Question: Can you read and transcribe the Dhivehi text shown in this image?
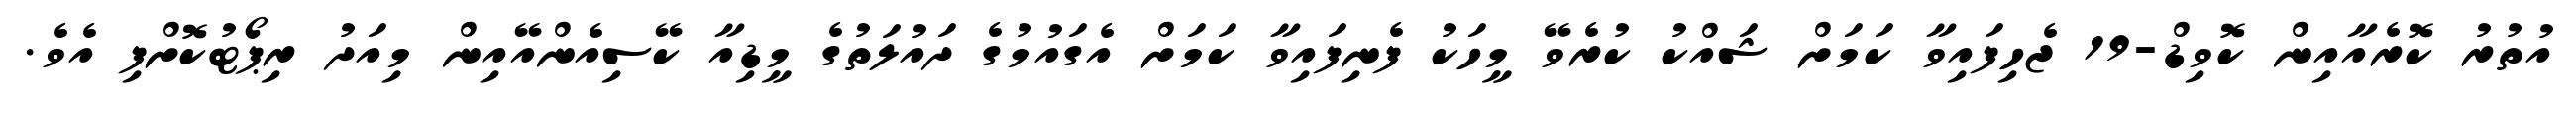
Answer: އުތުރު ކޮރެއާއިން ކޮވިޑް-19 ޖެހިފައިވާ ކަމަށް ޝައްކު ކުރެވޭ މީހަކު ފެނިފައިވާ ކަމަށް އެގައުމުގެ ދައުލަތުގެ މީޑިއާ ކޭސިއެންއޭއިން މިއަދު ރިޕޯޓުކޮށްފި އެވެ.